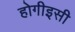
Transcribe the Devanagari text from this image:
होगीइसी